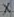
Text: X